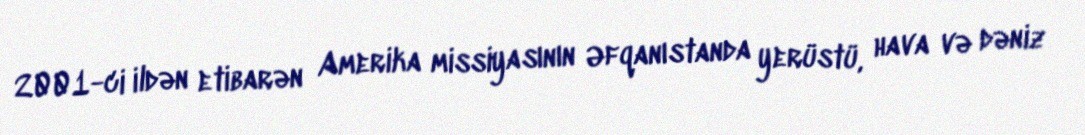
2001-ci ildən etibarən Amerika missiyasının Əfqanıstanda yerüstü, hava və dəniz